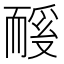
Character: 𬚏